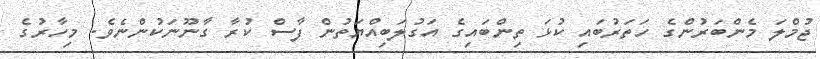
ޖުމްލަ މެންބަރުންގެ ހަތަރުބައި ކުޅަ ތިންބައިގެ އަގުލަބިއްޔަތުން ފާސް ކުރާ ގާނޫނަކުންނެވެ. މިހާރުގެ